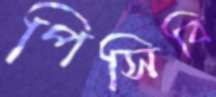
পিসিবি